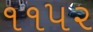
૧૧૫૨